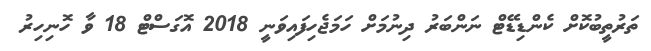
ތަރުތީބުކޮށް ކެންޑިޑޭޓް ނަންބަރު ދިނުމަށް ހަމަޖެހިފައިވަނީ 2018 އޮގަސްޓް 18 ވާ ހޮނިހިރު